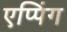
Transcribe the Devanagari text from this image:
एप्पिंग